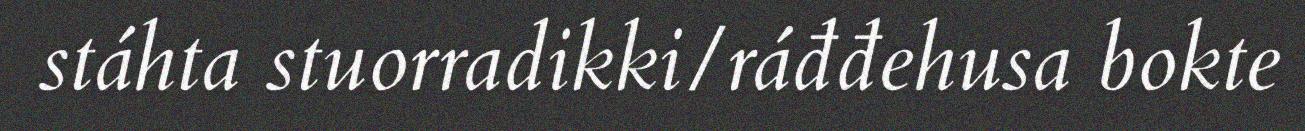
stáhta stuorradikki/ráđđehusa bokte